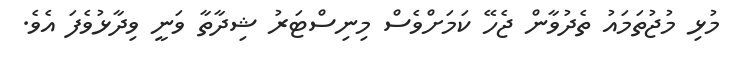
މުޅި މުޖުތަމައު ތެދުވާން ޖެހޭ ކަމަށްވެސް މިނިސްޓަރު ޝިދާތާ ވަނީ ވިދާޅުވެފަ އެވެ.